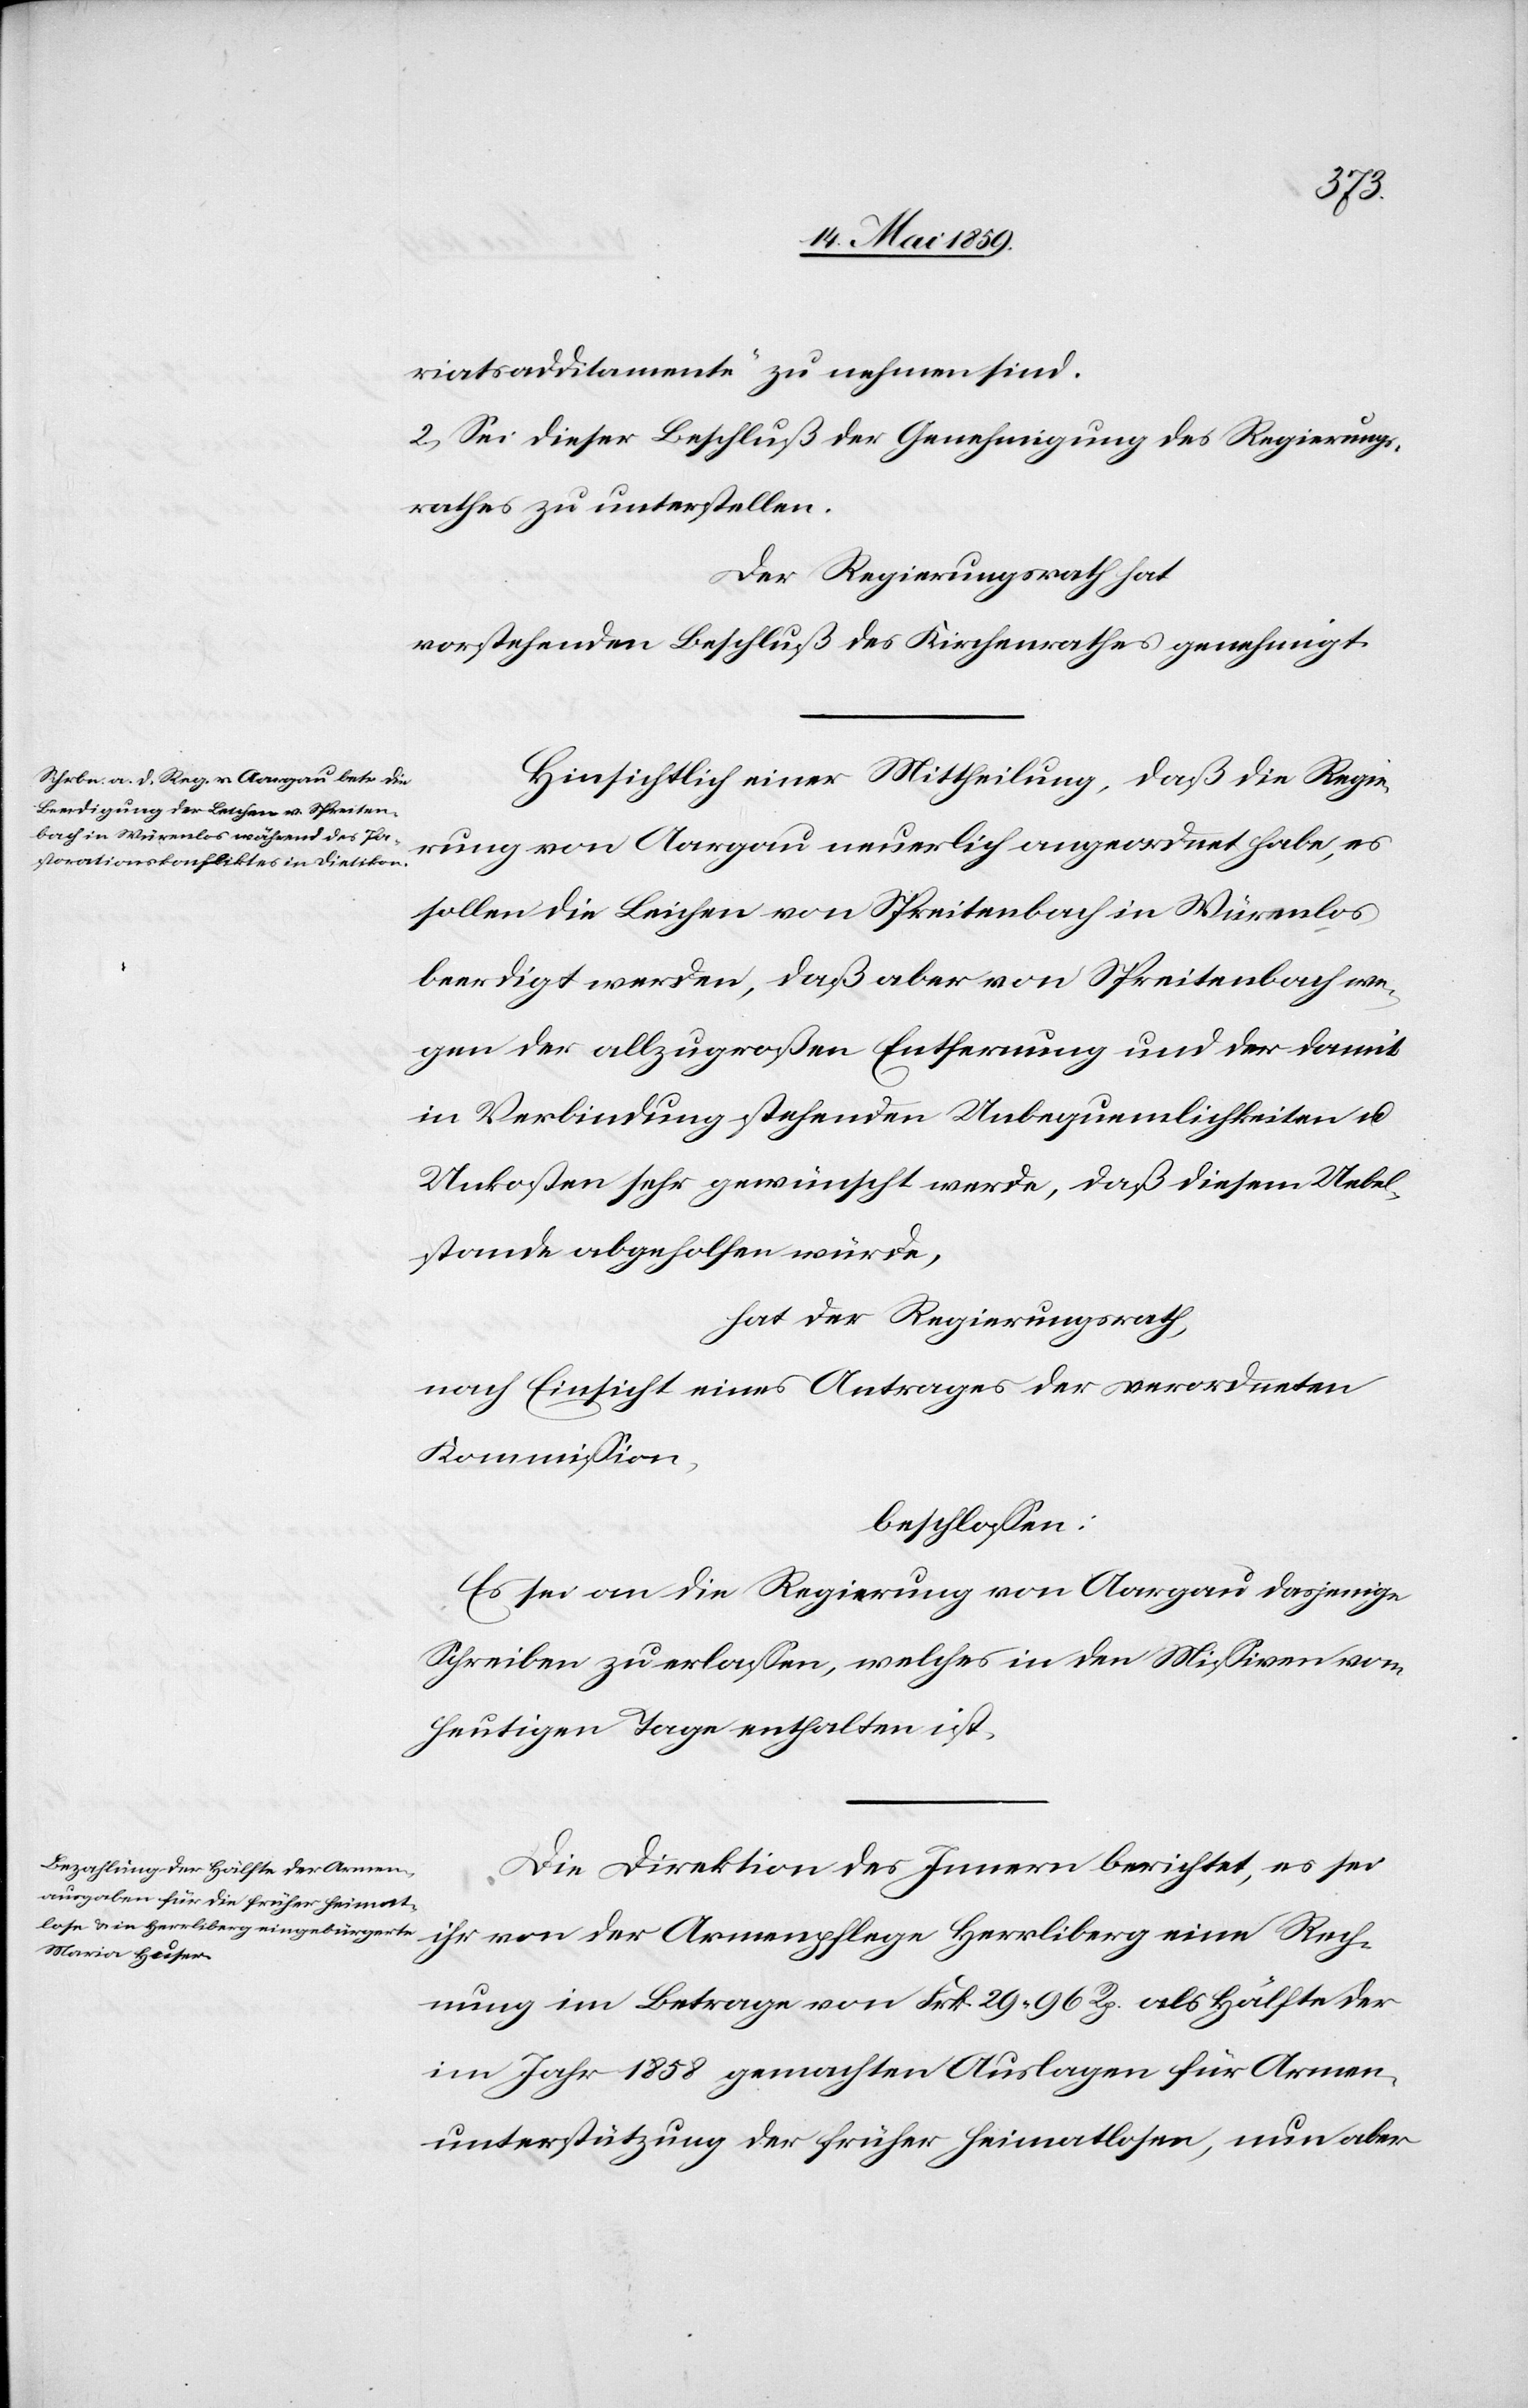
riatsadditamente“ zu nehmen sind.
2) Sei dieser Beschluß der Genehmigung des Regierungs¬
rathes zu unterstellen.
Der Regierungsrath hat
vorstehenden Beschluß des Kirchenrathes genehmigt.
Hinsichtlich einer Mittheilung, daß die Regie¬
rung von Aargau neuerlich angeordnet habe, es
sollen die Leichen von Spreitenbach in Würenlos
beerdigt werden, daß aber von Spreitenbach we¬
gen der allzugroßen Entfernung und der damit
in Verbindung stehenden Unbequemlichkeiten u.
Unkosten sehr gewünscht werde, daß diesem Uebel¬
stande abgeholfen würde,
hat der Regierungsrath,
nach Einsicht eines Antrages der verordneten
Kommißion,
beschloßen:
Es sei an die Regierung von Aargau dasjenige
Schreiben zu erlaßen, welches in den Mißiven vom
heutigen Tage enthalten ist.
Die Direktion des Innern berichtet, es sei
ihr von der Armenpflege Herrliberg eine Rech¬
nung im Betrage von Frk. 29.96 Rp. als Hälfte der
im Jahr 1858 gemachten Auslagen für Armen¬
unterstützung der früher heimatlosen, nun aber